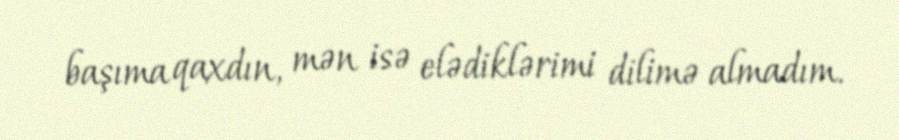
başıma qaxdın, mən isə elədiklərimi dilimə almadım.